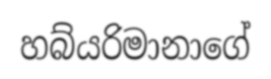
හබ්යරිමානාගේ